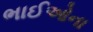
ભાઈઓના